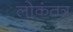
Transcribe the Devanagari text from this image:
लोकंतत्र